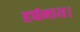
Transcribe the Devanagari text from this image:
हर्षनाथ।